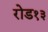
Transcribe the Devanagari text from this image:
रोड१३